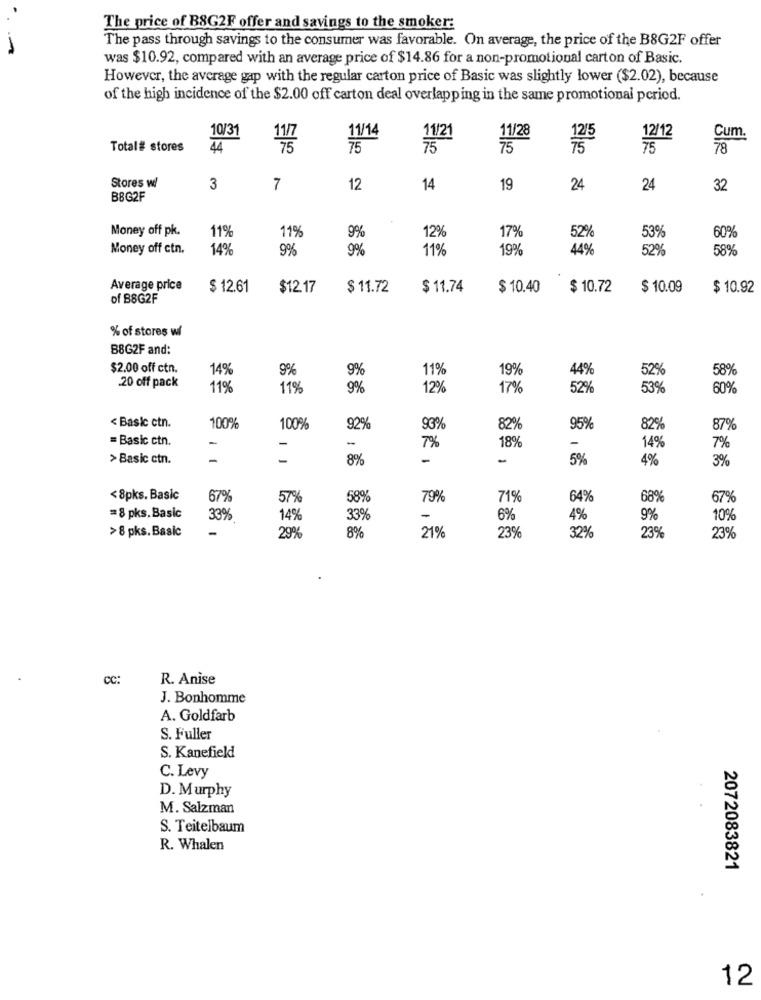
The price of B8G2F offer and savings to the smoker:
The pass through savings to the consumer was favorable. On average, the price of the B8G2F offer
was $10.92, compared with an average price of $14.86 for a non-promotional carton of Basic.
However, the average gap with the regular carton price of Basic was slightly lower ($2.02), because
of the high incidence of the $2.00 off carton deal overlapping in the same promotional pcriod.
10/31
11/14
11/21
11/28
12/12
Cum.
Total# stores
4
75
75
1215
75
Stores w/
3
7
12
14
19
24
24
32
B8G2F
Money off pk.
11%
9%
12%
11%
17%
52
53%
60%
Money off ctn.
14%
9%
9%
11%
19%
44%
529
58%
Average price
$ 12.61
$12.17
$ 11.72
$ 11.74
$ 10.40
$ 10.72
$ 10.09
$ 10.92
of B8G2F
% of stores w/
B8G2F and:
$2.00 off ctn.
149
9%
9%
44%
.20 off pack
11%
19%
52%
58%
11%
11%
9%
12%
17%
52%
53%
30%
< Basic ctn.
100%
100%
92%
93%
82%
95%
82%
87%
= Basic ctn.
-
-
7%
18%
14%
7%
> Basic ctn.
-
-
8%
-
-
5%
4%
3%
<8pks. Basic
67%
57%
58%
79%
71%
64%
68%
679
=8 pks. Basic
33%
14%
33%
-
6%
4%
9%
10%
>8 pks.Basic
8%
29%
21%
23%
32%
23%
23%
CC:
R. Anise
J. Bonhomme
A. Goldfarb
S. Fuller
S. Kanefield
C. Levy
D. Murphy
M. Salzman
S. Teitelbaum
R. Whalen
2072083821
12